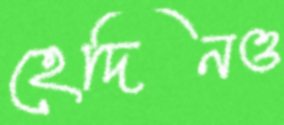
হেদিনও